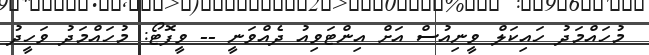
މުހައްމަދު ހައިކަލް ވީނިއުސް އަށް އިންޓަވިއު ދެއްވަނީ -- ވީފޮޓޯ: މުހައްމަދު ވަހީދު